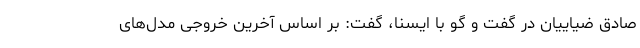
صادق ضیاییان در گفت و گو با ایسنا، گفت: بر اساس آخرین خروجی مدل‌های